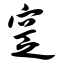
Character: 窆